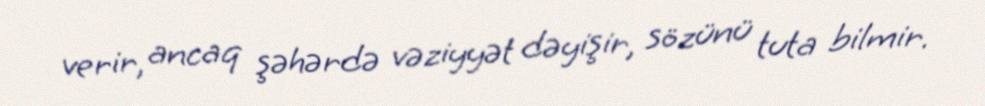
verir, ancaq şəhərdə vəziyyət dəyişir, sözünü tuta bilmir.